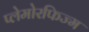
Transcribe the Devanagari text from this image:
प्लेमोरफिज्म